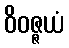
ဝိဝဇ္ဇယံ